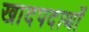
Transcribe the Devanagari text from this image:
खादपदार्थों